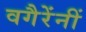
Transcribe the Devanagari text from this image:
वगैरेंनीं